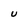
Character: U